Some observations on the poison of the banded krait (Bungarus fasciatus) - Number 7
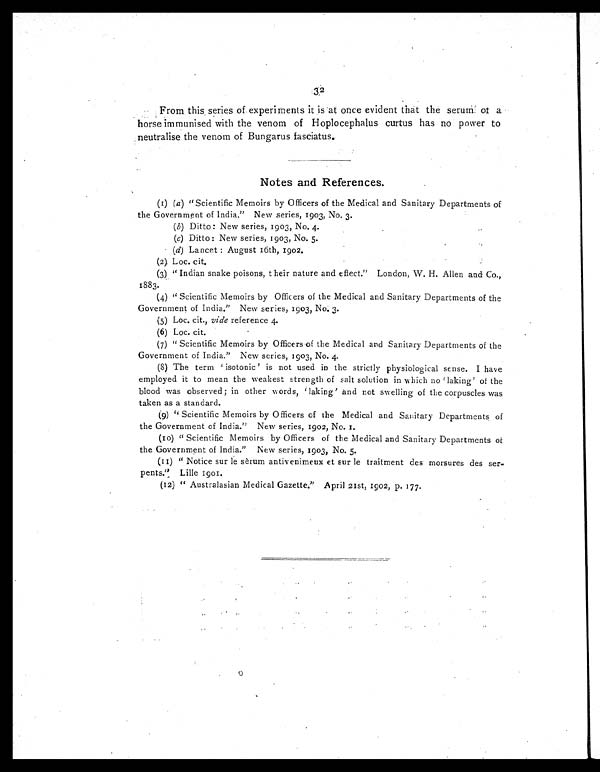
From this series of experiments it is at once evident that the serum of a
horse immunised with the venom of Hoplocephalus curtus has no power to
neutralise the venom of Bungarus fasciatus.
Notes and References.
(1) (a) "Scientific Memoirs by Officers of the Medical and Sanitary Departments of
the Government of India." New series, 1903, No. 3.
(b) Ditto: New series, 1903, No. 4.
(c) Ditto : New series, 1903, No. 5.
• (d) Lancet : August 16th, 1902.
(2) Loc. cit.
(3) " Indian snake poisons, their nature and effect." London, W. H. Allen and Co.,
1883.
(4) " Scientific Memoirs by Officers of the Medical and Sanitary Departments of the
Government of India." New series, 1903, No. 3.
(5) Loc. cit., vide reference 4.
(6) Loc. cit.
(7) " Scientific Memoirs by Officers of the Medical and Sanitary Departments of the
Government of India." New series, 1903, No. 4.
(8) The term ' isotonic' is not used in the strictly physiological sense. I have
employed it to mean the weakest strength of salt solution in which no 'laking' of the
blood was observed ; in other words, 'laking' and not swelling of the corpuscles was
taken as a standard.
(9)
" Scientific Memoirs by Officers of the Medical and Sanitary Departments of
the Government of India." New series, 1902, No. 1.
(10) " Scientific Memoirs by Officers of the Medical and Sanitary Departments of
the Government of India." New series, 1903, No. 5.
(11) " Notice sur le sèrum antivenimeux et sur le traitment des
morsures des serpents." Lille 1901.
(12) " Australasian Medical Gazette." April 21st, 1902, p. 177.